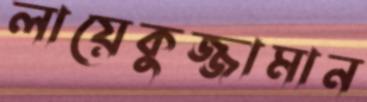
লায়েকুজ্জামান